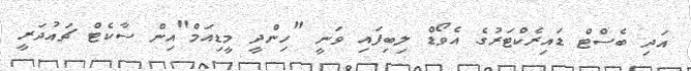
އަދި ބެސްޓް ޑައިރެކްޓަރުގެ އެވޯޑް ލިބިފައި ވަނީ "ހިންދީ މީޑިއަމް"އިން ސާކެޓް ޗައުދަރީ